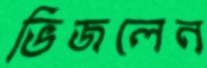
ভিজলেন